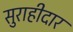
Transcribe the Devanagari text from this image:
सुराहीदार